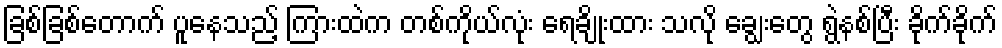
ခြစ်ခြစ်တောက် ပူနေသည့် ကြားထဲက တစ်ကိုယ်လုံး ရေချိုးထား သလို ချွေးတွေ ရွဲနစ်ပြီး ခိုက်ခိုက်